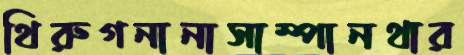
থিরুগনানাসাম্পানথার